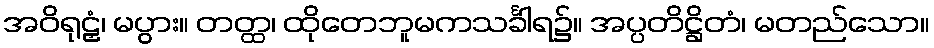
အဝိရုဠှံ၊ မပွား။ တတ္ထ၊ ထိုတေဘူမကသင်္ခါရ၌။ အပ္ပတိဋ္ဌိတံ၊ မတည်သော။